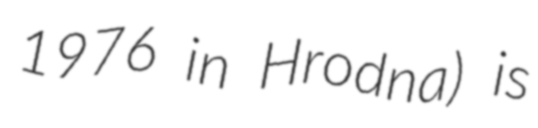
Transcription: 1976 in Hrodna) is